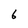
Character: 6